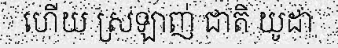
ហើយ ស្រឡាញ់ ជាតិ យូដា